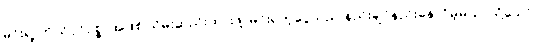
မင်းရဲ့ ကိုယ်ပိုင်ဥစ္စာအဖြစ် သိမ်းဆည်းထားဖို့၊ မင်းရတဲ့ငွေသည် နည်းချင်နည်းနေလိမ့်မယ်၊ သို့သော်